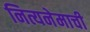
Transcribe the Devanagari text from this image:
नित्यनेमाची